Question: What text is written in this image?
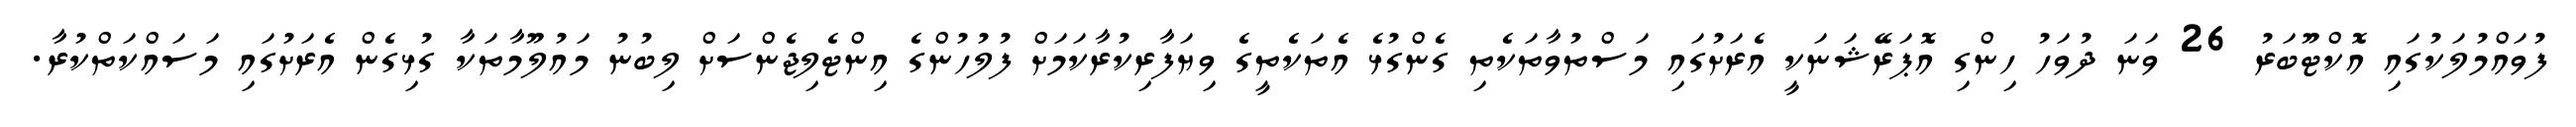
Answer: ފުވައްމުލަކުގައި އޮކްޓޫބަރު 26 ވަނަ ދުވަހު ހިންގި އޮޕަރޭޝަނަކީ އެރަށުގައި މަސްތުވާތަކެތި ގެންގުޅެ އެތަކެތީގެ ވިޔަފާރިކުރާކަމަށް ފުލުހުންގެ އިންޓެލިޖެންސަށް ލިބުނު މައުލޫމާތަކާ ގުޅިގެން އެރަށުގައި މަސައްކަތްކުރާ.